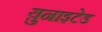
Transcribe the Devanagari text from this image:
य़ुनाइटेड